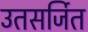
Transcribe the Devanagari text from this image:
उतसर्जित